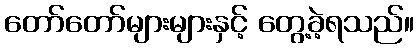
တော်တော်များများနှင့် တွေ့ခဲ့ရသည်။